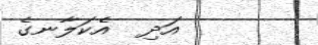
އަދި  އެކަލާނގެ